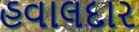
હવાલદાર